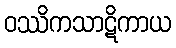
ဝဿိကသာဋိကာယ